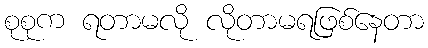
စုစုက ရတာမလို လိုတာမရဖြစ်နေတာ